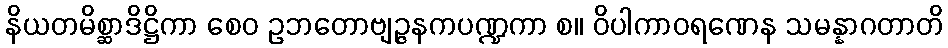
နိယတမိစ္ဆာဒိဋ္ဌိကာ စေဝ ဥဘတောဗျဉ္ဇနကပဏ္ဍကာ စ။ ဝိပါကာဝရဏေန သမန္နာဂတာတိ